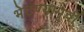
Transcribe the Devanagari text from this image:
भेटण्यापूर्वी